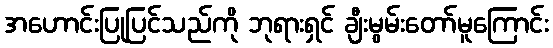
အဟောင်းပြုပြင်သည်ကို ဘုရားရှင် ချီးမွမ်းတော်မူကြောင်း